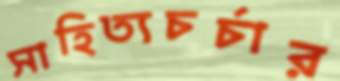
সাহিত্যচর্চার